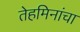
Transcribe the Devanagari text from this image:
तेहमिनांचा